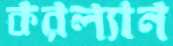
করল্যান